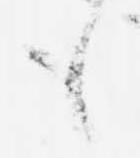
も